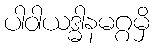
ပါဝါယဒ္ဓါနမဂ္ဂမှိ